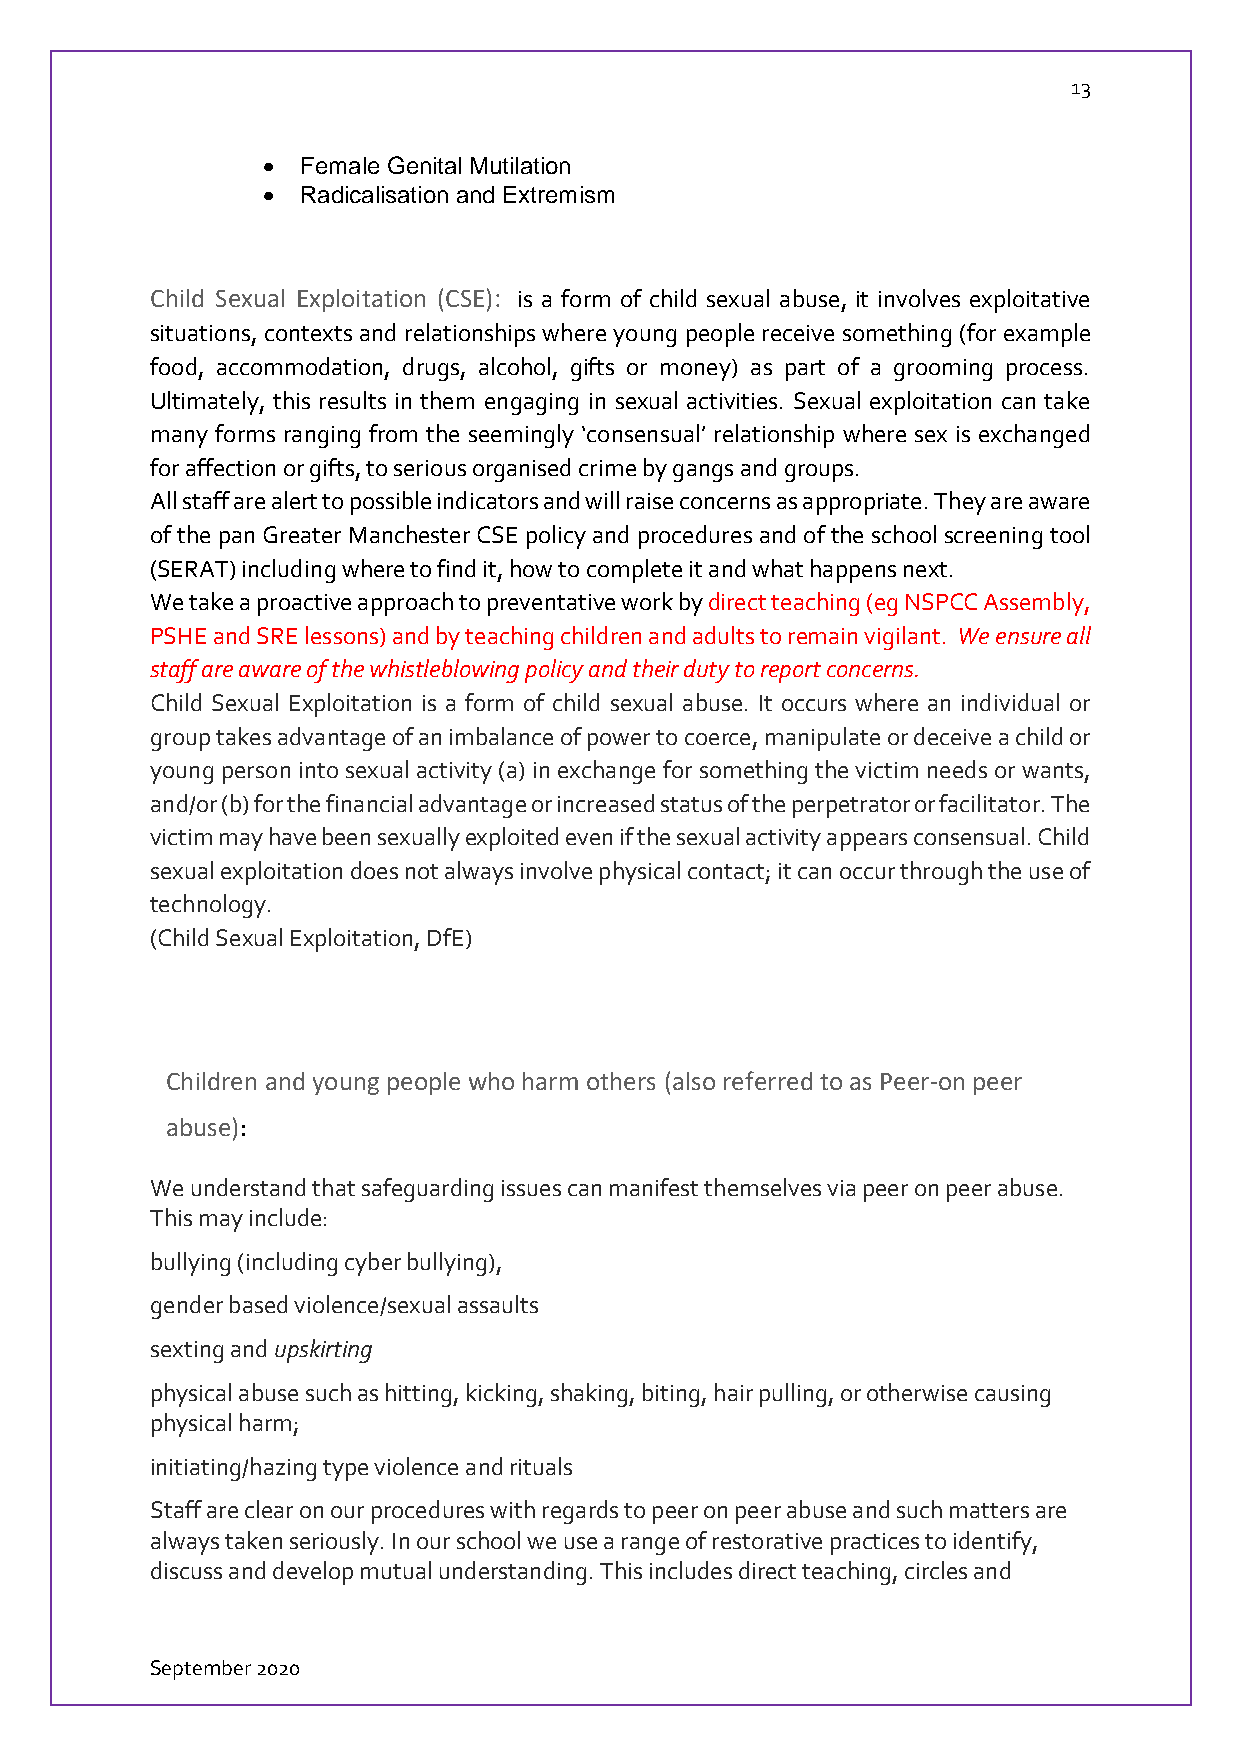
13
   Female Genital Mutilation
   Radicalisation and Extremism
 Child Sexual Exploitation (CSE): is a form of child sexual abuse, it involves exploitative
 situations, contexts and relationships where young people receive something (for example
 food, accommodation, drugs, alcohol, gifts or money) as part of a grooming process.
 Ultimately, this results in them engaging in sexual activities. Sexual exploitation can take
 many forms ranging from the seemingly ‘consensual’ relationship where sex is exchanged
 for affection or gifts, to serious organised crime by gangs and groups.
 All staff are alert to possible indicators and will raise concerns as appropriate. They are aware
 of the pan Greater Manchester CSE policy and procedures and of the school screening tool
 (SERAT) including where to find it, how to complete it and what happens next.
 We take a proactive approach to preventative work by direct teaching (eg NSPCC Assembly,
 PSHE and SRE lessons) and by teaching children and adults to remain vigilant. We ensure all
 staff are aware of the whistleblowing policy and their duty to report concerns.
 Child Sexual Exploitation is a form of child sexual abuse. It occurs where an individual or
 group takes advantage of an imbalance of power to coerce, manipulate or deceive a child or
 young person into sexual activity (a) in exchange for something the victim needs or wants,
 and/or (b) for the financial advantage or increased status of the perpetrator or facilitator. The
 victim may have been sexually exploited even if the sexual activity appears consensual. Child
 sexual exploitation does not always involve physical contact; it can occur through the use of
 technology.
 (Child Sexual Exploitation, DfE)
 Children and young people who harm others (also referred to as Peer-on peer
 abuse):
 We understand that safeguarding issues can manifest themselves via peer on peer abuse.
 This may include:
 bullying (including cyber bullying),
 gender based violence/sexual assaults
 sexting and upskirting
 physical abuse such as hitting, kicking, shaking, biting, hair pulling, or otherwise causing
 physical harm;
 initiating/hazing type violence and rituals
 Staff are clear on our procedures with regards to peer on peer abuse and such matters are
 always taken seriously. In our school we use a range of restorative practices to identify,
 discuss and develop mutual understanding. This includes direct teaching, circles and
 September 2020